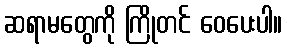
ဆရာမတွေကို ကြိုတင် ဝေပေးပါ။